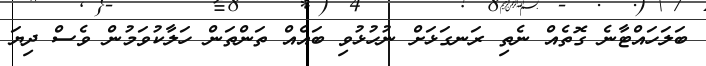
ބަލަހައްޓާނެ ގޮތެއް ނެތި ރަނގަޅަށް ނުހުޅުވި ބައެއް ތަންތަން ހަލާކުވަމުން ވެސް ދިޔަ